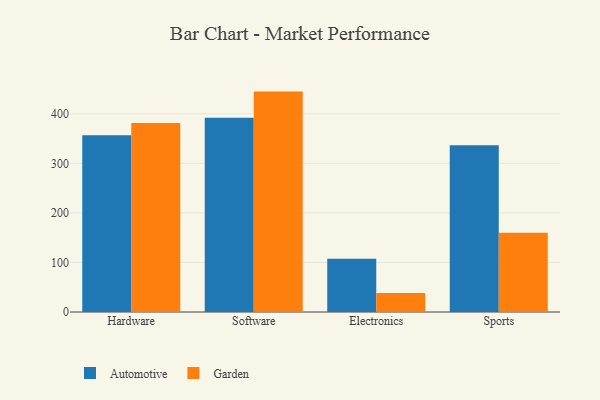
{"axis": {"x": "Category", "y": "Active Users"}, "legend": ["Automotive", "Garden"], "data": [{"x": "Hardware", "y": 356.7, "type": "Automotive"}, {"x": "Hardware", "y": 381.3, "type": "Garden"}, {"x": "Software", "y": 392.3, "type": "Automotive"}, {"x": "Software", "y": 444.9, "type": "Garden"}, {"x": "Electronics", "y": 107.3, "type": "Automotive"}, {"x": "Electronics", "y": 38.4, "type": "Garden"}, {"x": "Sports", "y": 336.8, "type": "Automotive"}, {"x": "Sports", "y": 160.2, "type": "Garden"}]}